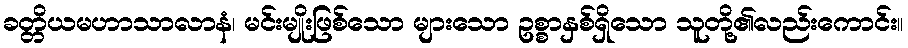
ခတ္တိယမဟာသာလာနံ၊ မင်းမျိုးဖြစ်သော များသော ဥစ္စာနှစ်ရှိသော သူတို့၏လည်းကောင်း။